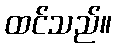
ထင်သည်။